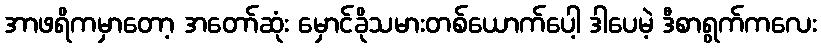
အာဖရိကမှာတော့ အတော်ဆုံး မှောင်ခိုသမားတစ်ယောက်ပေါ့ ဒါပေမဲ့ ဒီစာရွက်ကလေး